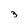
Character: 3